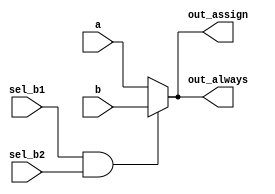
// synthesis verilog_input_version verilog_2001
module top_module (
    input       a,
    input       b,
    input       sel_b1,
    input       sel_b2,
    output wire out_assign,
    output reg  out_always
);

    wire sel;

    assign sel = sel_b1 & sel_b2;

    assign out_assign = sel ? b : a;

    always @(*) begin
        if (sel == 1) begin
            out_always = b;
        end else begin
            out_always = a;
        end
    end

endmodule